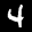
Label: 4